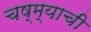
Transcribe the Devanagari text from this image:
चष्म्याची